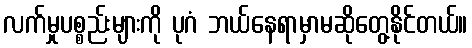
လက်မှုပစ္စည်းများကို ပုဂံ ဘယ်နေရာမှာမဆိုတွေ့နိုင်တယ်။